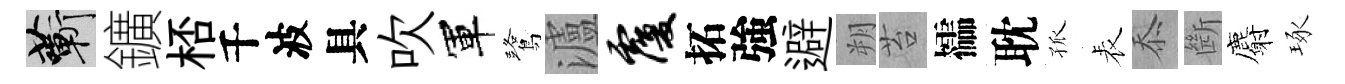
蔪鑛桮千波具吹軍鷺瀘覆拓強避朔苔櫺耽孤表忝㫁麝琢